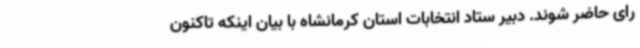
رای حاضر شوند. دبیر ستاد انتخابات استان کرمانشاه با بیان اینکه تاکنون